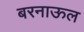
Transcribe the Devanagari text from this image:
बरनाऊल